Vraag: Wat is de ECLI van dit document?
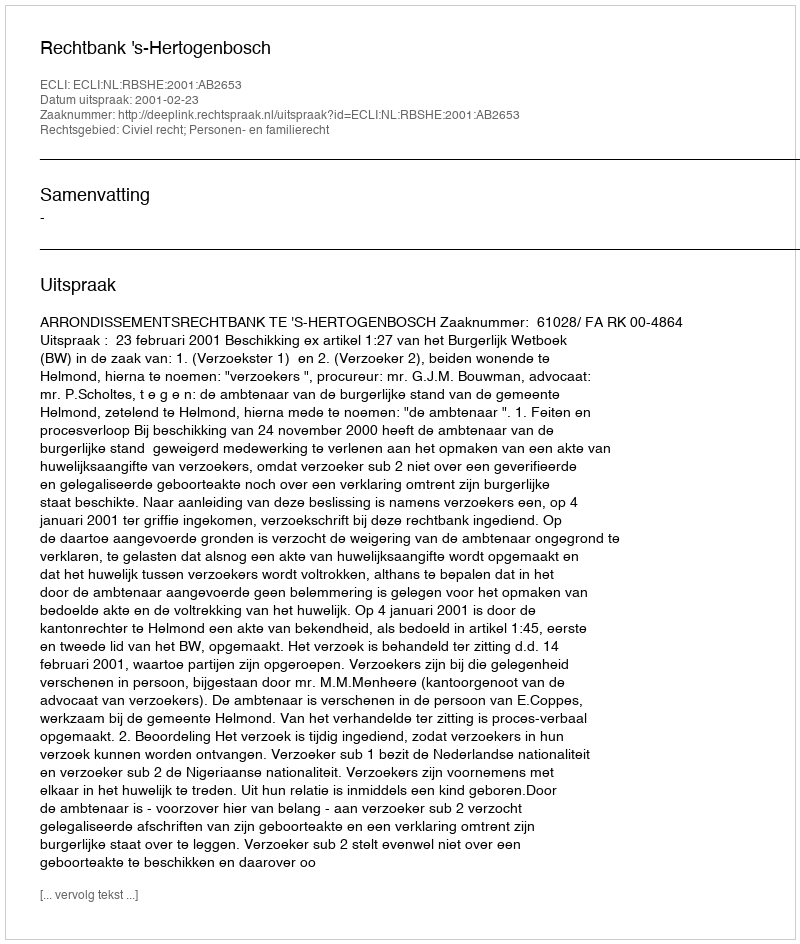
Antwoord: ECLI:NL:RBSHE:2001:AB2653